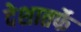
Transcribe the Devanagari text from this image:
देशातर्फे